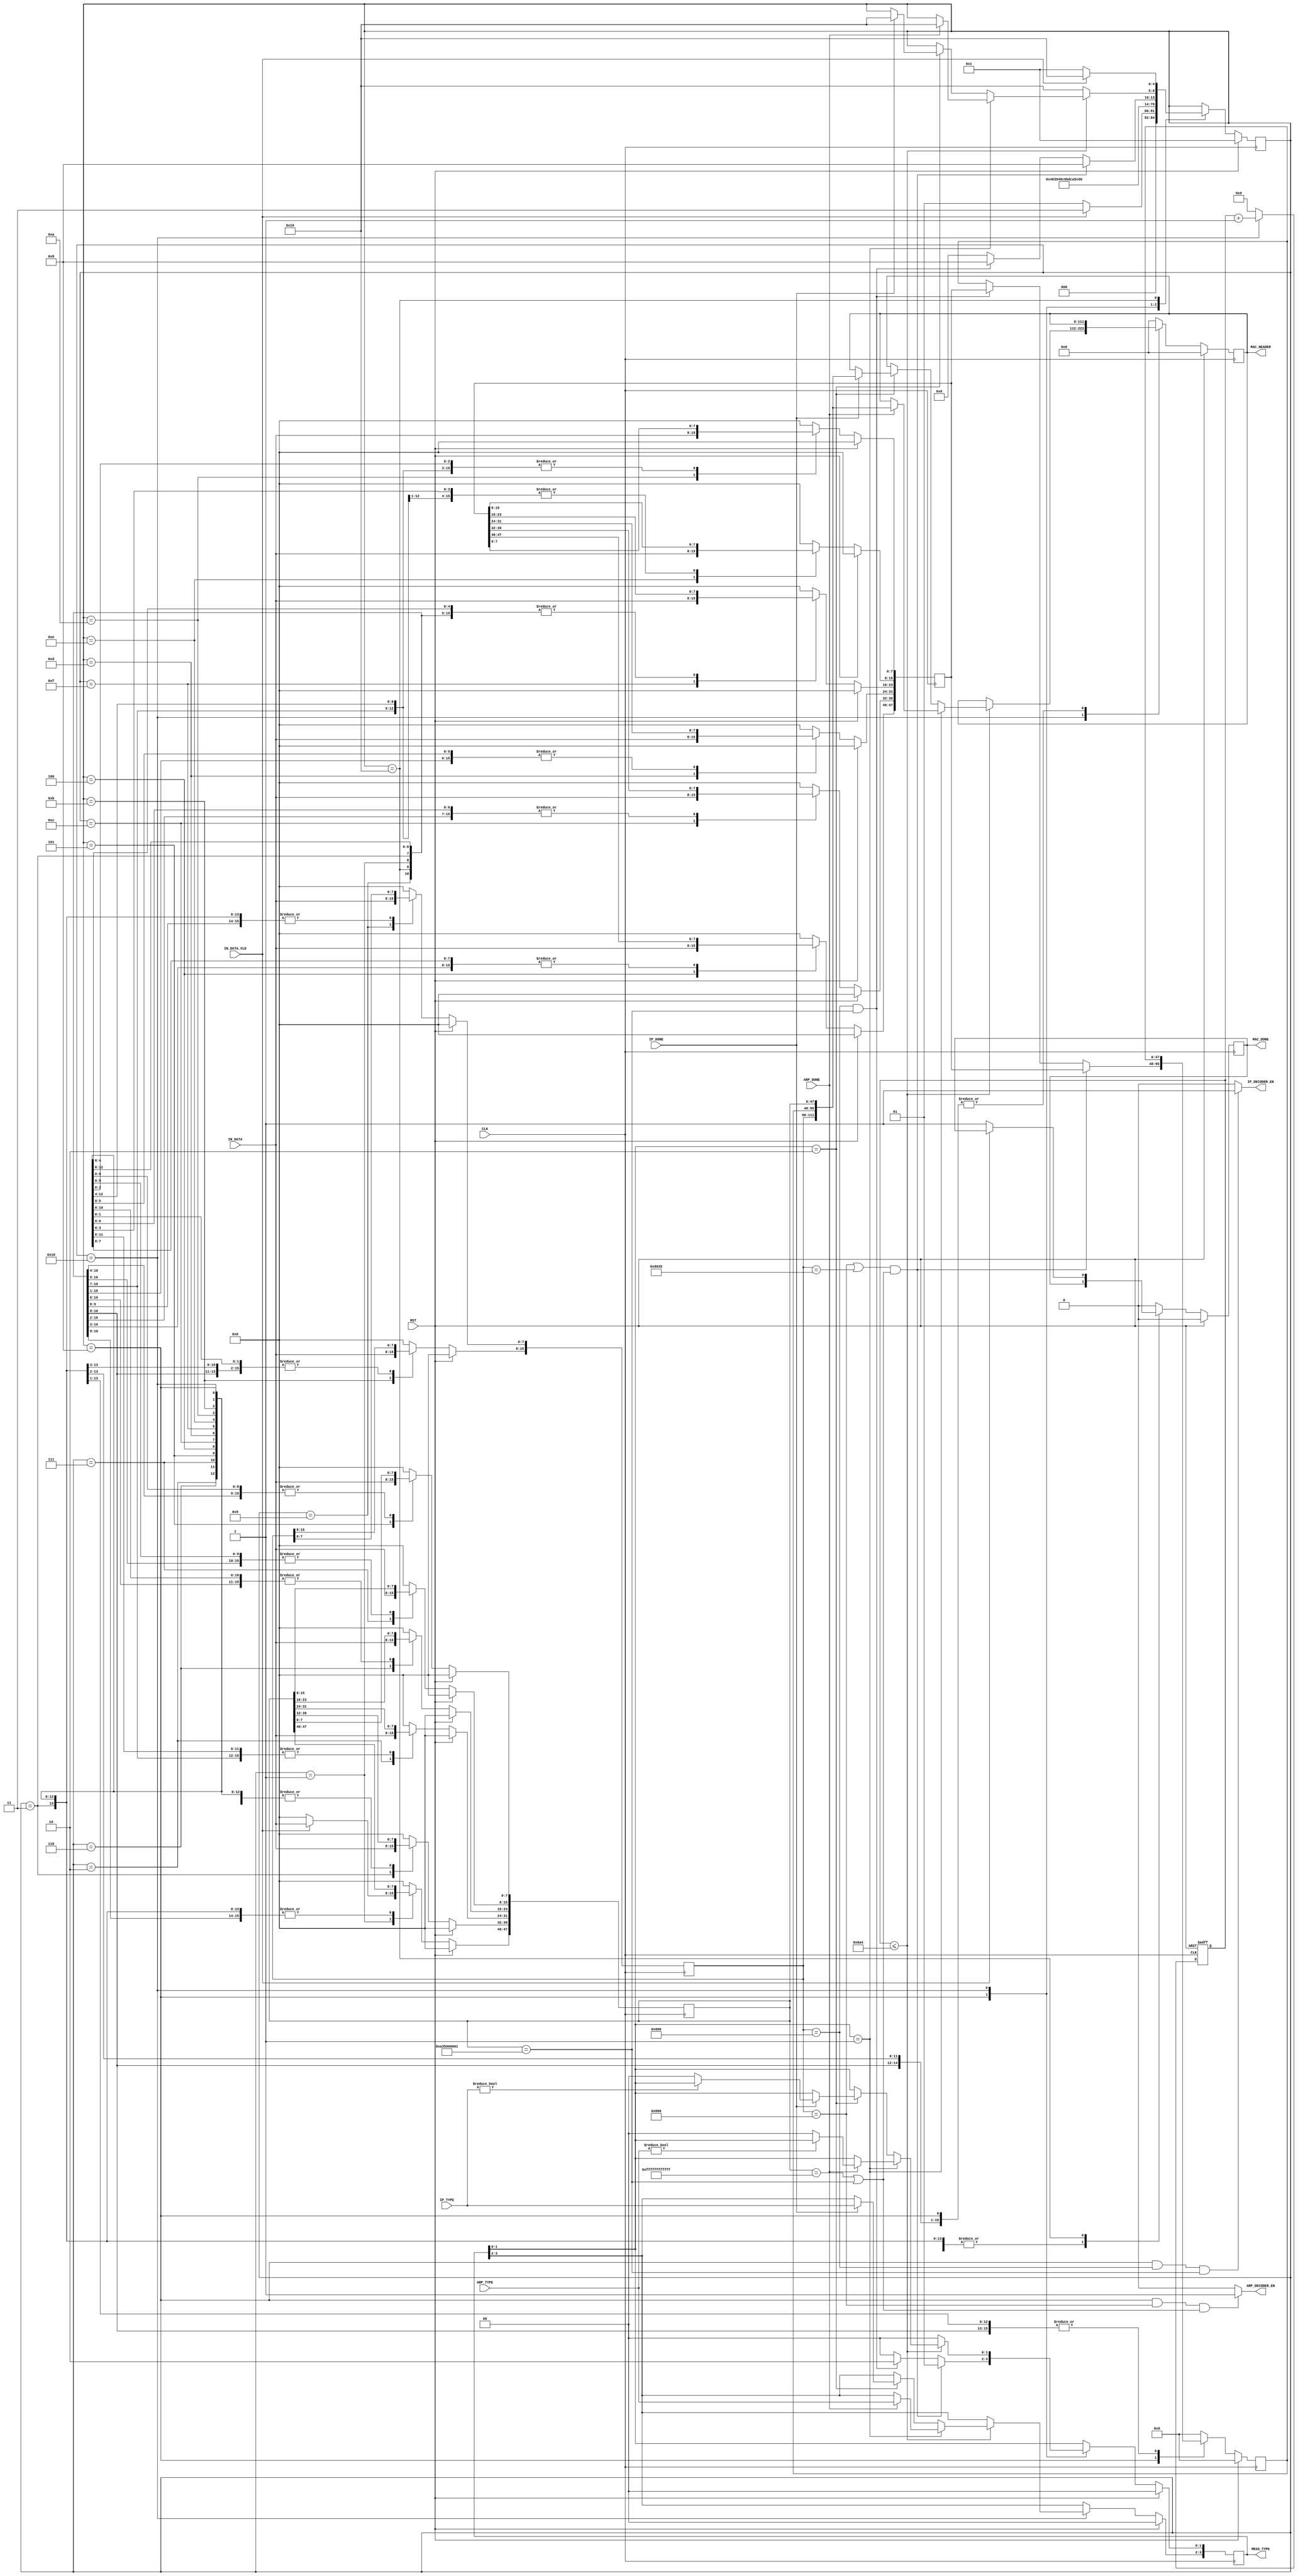
`timescale 1ns/1ps
/*
  
*/

/*
MAC_DECODER MAC_DECODER_inst	
(
.RST					(),
.CLK					(),

.IN_PACKET_DATA			(),
.IN_PACKET_VLD			(),
// MAC 
.MAC_HEADER             (), // [14*8-1:0]	
.MESS_TYPE              (),
.MAC_DONE               (),	
//      ARP  IP  
.ARP_DECODER_EN			(),
.ARP_DONE				(),
.IP_DECODER_EN			(),
.IP_DONE			    ()
);
*/

/*
        -        IP  ARP
      ,          ,             
  ,              IP  ARP.  ,            

              .

*/


`define BROADCAST_ADDR 	48'hFF_FF_FF_FF_FF_FF
`define ARP_TYPE 	16'h0806
`define RARP_TYPE   16'h8035
`define IP_TYPE 	16'h0800

`define UNSUPPORTED_TYPE_MES 2'b00
`define ARP_TYPE_MES         2'b01
`define IP_TYPE_MES          2'b10

module MAC_DECODER
#(
parameter HTGv6_MAC_ADDR = 48'h00_0A_35_00_00_01
)
(
input 					RST,
input 					CLK,
input 		[7:0]		IN_DATA,
input 					IN_DATA_VLD,

input      [1:0]        ARP_TYPE,
input      [1:0]        IP_TYPE,

output reg [14*8-1:0]   MAC_HEADER,	
output reg [3:0]        MESS_TYPE,  // MESS_TYPE [1:0] 2'b00 -    , 2'b01 - ARP , 2'b10 - IP . 
                                    //    ,           UDP ,    , 
                                    //     ,        MAC_DONE,    , 
                                    //   ,   MESS_TYPE[1:0] ,        ,
                                    // , ,        .  
                                     
output reg              MAC_DONE,	//       ,      .         		

//      ARP  IP
output 					ARP_DECODER_EN,
output 					IP_DECODER_EN,
input 					ARP_DONE,
input 					IP_DONE
);
//  ,   TCP/IP     14    MAC  
localparam MAC_BYTE0_ST 			= 5'b00001;  //   
localparam MAC_BYTE1_ST 			= 5'b00011;
localparam MAC_BYTE2_ST 			= 5'b00010;
localparam MAC_BYTE3_ST 			= 5'b00110;
localparam MAC_BYTE4_ST 			= 5'b00111;
localparam MAC_BYTE5_ST 			= 5'b00101;
localparam MAC_BYTE6_ST 			= 5'b00100;
localparam MAC_BYTE7_ST 			= 5'b01100;
localparam MAC_BYTE8_ST 			= 5'b01101;
localparam MAC_BYTE9_ST 			= 5'b01111;
localparam MAC_BYTE10_ST 			= 5'b01110;
localparam MAC_BYTE11_ST 		    = 5'b01010;
localparam MAC_BYTE12_ST 			= 5'b01011;
localparam MAC_BYTE13_ST 			= 5'b01001;
localparam MAC_ARP_IP_EN_ST 		= 5'b01000;   //   ARP,RARP  IP
localparam MAC_WAIT_ARP_IP_DONE_ST 	= 5'b11000;   //     
localparam MAC_DONE_ST 				= 5'b10000;   //    .  ,           

// MAC 
reg [47:0]  MAC_SRC_ADDR_reg;
reg [47:0]  MAC_SRC_ADDR;
reg [47:0] 	MAC_DEST_ADDR;	
reg [15:0]  MAC_PROTOCOL_TYPE;			

(* fsm_encoding = "gray" *)
reg [4:0]  MAC_ST; 
reg [12:0]  WAIT_CNT;

always @(posedge CLK)						//  MAC   
if (RST)		
begin
	MAC_ST 					<= MAC_BYTE0_ST;
	
	MAC_SRC_ADDR_reg        <= 48'b0;
	MAC_SRC_ADDR            <= 48'b0;
	MAC_DEST_ADDR 			<= 48'b0;
	MAC_PROTOCOL_TYPE		<= 16'b0;

	MAC_HEADER              <= 112'b0;
	MESS_TYPE               <= 4'b0;
	MAC_DONE                <= 1'b0;
end																		
else 
(* parallel_case *)(* full_case *)
case (MAC_ST)
//   DESTINATION ADDRESS
MAC_BYTE0_ST:			begin
                            MAC_DONE <= 1'b0;	
                            if (IN_DATA_VLD)	
								begin
									MAC_ST 						<= MAC_BYTE1_ST;
									MAC_DEST_ADDR[47:40]		<= IN_DATA;
								end
							else 					
								begin
									MAC_ST 						<= MAC_BYTE0_ST;
									MAC_DEST_ADDR[47:40]		<= 8'b0;
								end
						end		
MAC_BYTE1_ST:				begin
									MAC_ST 						<= MAC_BYTE2_ST;
									MAC_DEST_ADDR[39:32]		<= IN_DATA;
							end
MAC_BYTE2_ST:				begin                                                                          													
									MAC_ST 						<= MAC_BYTE3_ST;                                                     														
									MAC_DEST_ADDR[31:24]		<= IN_DATA;                                            														
							end                              
MAC_BYTE3_ST:				begin                                                                          
									MAC_ST 						<= MAC_BYTE4_ST;                                                     
									MAC_DEST_ADDR[23:16]		<= IN_DATA;                                            
							end                                                                                   
MAC_BYTE4_ST:				begin                                                                          
									MAC_ST 						<= MAC_BYTE5_ST;                                                     
									MAC_DEST_ADDR[15:8]		    <= IN_DATA;                                            
						    end                                                                                   
MAC_BYTE5_ST:				begin                                                                          
									MAC_ST 					 	<= MAC_BYTE6_ST;                                                     
									MAC_DEST_ADDR[7:0]		    <= IN_DATA;                                            
							end    
//   SOURCE ADDRESS													                                                                               
MAC_BYTE6_ST:				begin                                                                          
									MAC_ST 						<= MAC_BYTE7_ST;                                                     													                                                     														
									MAC_SRC_ADDR_reg[47:40]     <= IN_DATA;                                            														
						    end                                                                                   			
MAC_BYTE7_ST:				begin                                                                          			
									MAC_ST 						<= MAC_BYTE8_ST;                                                     			
									MAC_SRC_ADDR_reg[39:32]	   	<= IN_DATA;                                            			
							end                                                                                   			
MAC_BYTE8_ST:				begin                                                                          			
									MAC_ST 						<= MAC_BYTE9_ST;                                                     			
									MAC_SRC_ADDR_reg[31:24]	    <= IN_DATA;                                            			
							end                                                                                   			
MAC_BYTE9_ST:				begin                                                                          			
									MAC_ST 						<= MAC_BYTE10_ST;                                                     			
									MAC_SRC_ADDR_reg[23:16]	   	<= IN_DATA;                                            			
							end                                                                                   			
MAC_BYTE10_ST:				begin                                                                          			
									MAC_ST 						<= MAC_BYTE11_ST;                                                     			
									MAC_SRC_ADDR_reg[15:8]	   	<= IN_DATA;                                            			
							end                                                                                   			
MAC_BYTE11_ST:				begin                                                                          			
									MAC_ST 						<= MAC_BYTE12_ST;                                                     			
									MAC_SRC_ADDR_reg[7:0]	    <= IN_DATA;                                            			
							end   
//   PROTOCOL TYPE													
MAC_BYTE12_ST:				begin                                                                          			
									MAC_ST 						<= MAC_BYTE13_ST;                                                     			
									MAC_PROTOCOL_TYPE[15:8]		<= IN_DATA;                                            			
							end                                                                                   			
MAC_BYTE13_ST:				begin
									MAC_ST						<= MAC_ARP_IP_EN_ST;
									MAC_PROTOCOL_TYPE[7:0]		<= IN_DATA; 		
							end
MAC_ARP_IP_EN_ST:			if      (((MAC_PROTOCOL_TYPE == `ARP_TYPE)||(MAC_PROTOCOL_TYPE == `RARP_TYPE))&&((MAC_DEST_ADDR == `BROADCAST_ADDR)||(MAC_DEST_ADDR == HTGv6_MAC_ADDR)))		
                                begin        
                                    MESS_TYPE[1:0]  <= `ARP_TYPE_MES;
                                    MAC_ST 	        <= MAC_WAIT_ARP_IP_DONE_ST;                                          
                                    MAC_SRC_ADDR    <= MAC_SRC_ADDR_reg;
                                end    
							else if ((MAC_PROTOCOL_TYPE == `IP_TYPE)&&(MAC_DEST_ADDR == HTGv6_MAC_ADDR))	//  IP  ,   	
								begin        
								    MESS_TYPE[1:0]  <= `IP_TYPE_MES;
                                    MAC_ST 	        <= MAC_WAIT_ARP_IP_DONE_ST;                                          
                                    MAC_SRC_ADDR    <= MAC_SRC_ADDR_reg;
                                end 
					       	else 
					       	   begin
					       	       //MAC_DONE <= 1'b1;
					       		   MESS_TYPE[1:0]  <= `UNSUPPORTED_TYPE_MES;      // 2'b00 c ,      
					       		   MAC_ST 	<= MAC_DONE_ST;       //         ,     
					       	   end	                        
MAC_WAIT_ARP_IP_DONE_ST:	if (WAIT_CNT <= 13'd1700)            //      .       IP  1500 
                                begin
                                    if (MESS_TYPE[1:0] == `ARP_TYPE_MES)
                                        begin
                                            if (ARP_DONE)
                                                begin
                                                    MAC_HEADER      <= {MAC_PROTOCOL_TYPE,MAC_SRC_ADDR,MAC_DEST_ADDR};
                                                    MAC_ST          <= MAC_DONE_ST;
                                                    MESS_TYPE[3:2]  <=  ARP_TYPE;
                                                    if (ARP_TYPE != 2'b00)   MESS_TYPE[1:0]  <=  MESS_TYPE[1:0];
                                                    else                     MESS_TYPE[1:0]  <=  `UNSUPPORTED_TYPE_MES;
                                                end
                                            else 
                                                begin
                                                    MAC_HEADER      <= MAC_HEADER;
                                                    MAC_ST          <= MAC_ST;
                                                    MESS_TYPE[1:0]  <= MESS_TYPE[1:0];
                                                    MESS_TYPE[3:2]  <= MESS_TYPE[3:2];  
                                                end    
                                        end
                                    else if (MESS_TYPE[1:0] == `IP_TYPE_MES)
                                        begin
                                            if (IP_DONE)
                                                begin
                                                    MAC_HEADER      <= {MAC_PROTOCOL_TYPE,MAC_SRC_ADDR,MAC_DEST_ADDR};
                                                    MAC_ST          <= MAC_DONE_ST;
                                                    MESS_TYPE[3:2]  <= IP_TYPE;
                                                    if (IP_TYPE != 2'b00)   MESS_TYPE[1:0]  <=  MESS_TYPE[1:0];
                                                    else                    MESS_TYPE[1:0]  <=  `UNSUPPORTED_TYPE_MES;
                                                end
                                            else
                                                begin
                                                    MAC_HEADER      <= MAC_HEADER;
                                                    MAC_ST          <= MAC_ST;
                                                    MESS_TYPE[1:0]  <= MESS_TYPE[1:0];
                                                    MESS_TYPE[3:2]  <= MESS_TYPE[3:2]; 
                                                end
                                        end            
                                    else
                                        begin
                                                    MAC_HEADER      <= MAC_HEADER;
                                                    MAC_ST          <= MAC_ST;
                                                    MESS_TYPE[1:0]  <= MESS_TYPE[1:0];
                                                    MESS_TYPE[3:2]  <= MESS_TYPE[3:2];
                                        end        
                                end                                    
							else        
									begin
                                            //MAC_DONE        <= 1'b1;
                                            MESS_TYPE[1:0]  <=  `UNSUPPORTED_TYPE_MES;
                                            MAC_HEADER      <= MAC_HEADER;
							                MAC_ST          <= MAC_DONE_ST;
							        end 
							                
MAC_DONE_ST:                begin                
                                 
                                 MESS_TYPE      <= MESS_TYPE;
                                 MAC_HEADER     <= MAC_HEADER;  
                                 if (IN_DATA_VLD)
                                    begin
                                         MAC_ST         <= MAC_DONE_ST;
                                    end
                                 else         
                                    begin
                                         MAC_DONE       <= 1'b1;
                                         MAC_ST         <= MAC_BYTE0_ST;
                                    end 
                            end
default:    				begin
								MAC_ST 						<= MAC_ST;
								
								MAC_SRC_ADDR_reg            <= 48'b0;
								MAC_SRC_ADDR                <= 48'b0;
								MAC_DEST_ADDR 				<= 48'b0;
								MAC_PROTOCOL_TYPE	      	<= 16'b0;
								
								MAC_HEADER                  <= 112'b0;
                                MAC_DONE                    <= 1'b0;
			     			end
endcase

assign		ARP_DECODER_EN = ((MAC_ST == MAC_ARP_IP_EN_ST)&&(MAC_PROTOCOL_TYPE == `ARP_TYPE)&&((MAC_DEST_ADDR == `BROADCAST_ADDR)||(MAC_DEST_ADDR == HTGv6_MAC_ADDR)))?1'b1:1'b0;
assign		IP_DECODER_EN  = ((MAC_ST == MAC_ARP_IP_EN_ST)&&(MAC_PROTOCOL_TYPE == `IP_TYPE) &&(MAC_DEST_ADDR == HTGv6_MAC_ADDR)) ?1'b1:1'b0;


always @(posedge CLK or posedge RST)
if (RST)                                        WAIT_CNT <= 13'd0;
else if (MAC_ST == MAC_WAIT_ARP_IP_DONE_ST)     WAIT_CNT <= WAIT_CNT + 1'b1;
else                                            WAIT_CNT <= 13'd0;
/*
//////////////////////////////////////////////////////////////////////////////////////////////////////////////////////////////////////////////////////////////////////////////////////////////////////////////////////////////////////////
/////////////////////////////////////////////////////////////////////////////////////////////////  CHIP SCOPE ///////////////////////////////////////////////////////////////////////////////////////////////////////
//////////////////////////////////////////////////////////////////////////////////////////////////////////////////////////////////////////////////////////////////////////////////////////////////////////////////////////////////////////

wire [35:0] CONTROL0;
	    
	     chipscope_icon_v1_06_a_0 ICON
	(	    .CONTROL0			(CONTROL0)	);
	
	chipscope_ila_v1_05_a_0 ILA
	(
	    .CONTROL	    (CONTROL0), // INOUT BUS [35:0]
	    .CLK			(CLK), // IN
	    
	    .TRIG0			({MAC_SRC_ADDR[45:0],IN_DATA,MAC_ST,ARP_TYPE,ARP_DONE,ARP_DECODER_EN,IN_DATA_VLD}), // IN BUS [63:0]
	    .TRIG1			({MAC_HEADER[58:0],MESS_TYPE,MAC_DONE}) // IN BUS [63:0]
	);
*/
endmodule